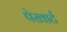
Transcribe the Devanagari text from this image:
पेखार्ट